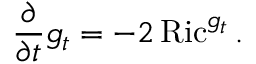
{ \frac { \partial } { \partial t } } g _ { t } = - 2 \operatorname { R i c } ^ { g _ { t } } .